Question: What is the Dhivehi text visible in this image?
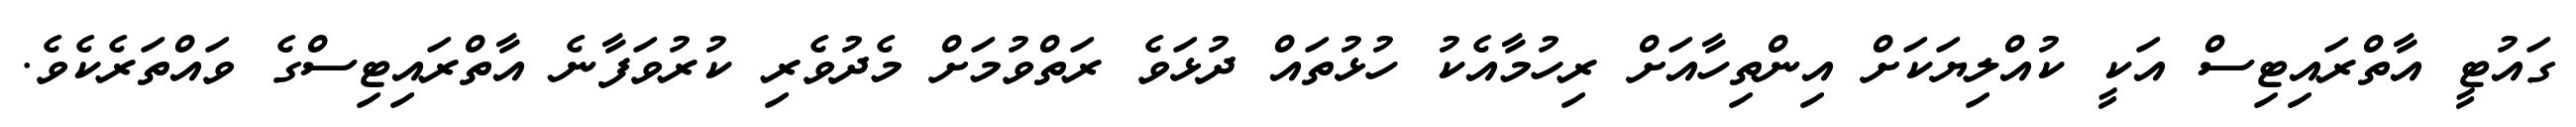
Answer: ގައުޓީ އާތްރައިޓިސް އަކީ ކުއްލިޔަކަށް އިންތިހާއަށް ރިހުމާއެކު ހުޅުތައް ދުޅަވެ ރަތްވުމަށް މެދުވެރި ކުރުވަފާނެ އާތްރައިޓިސްގެ ވައްތަރެކެވެ.